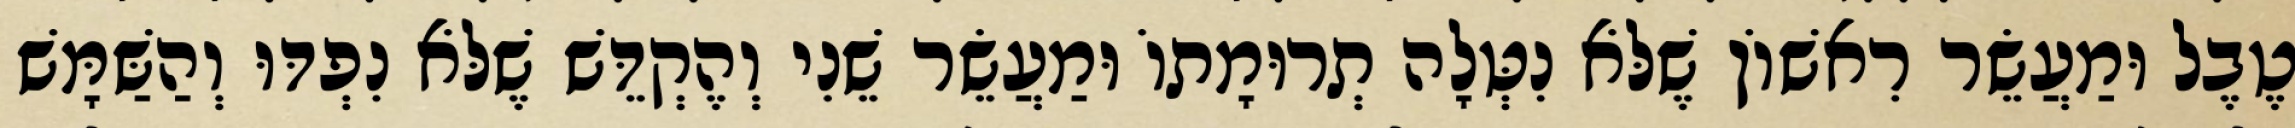
טֶבֶל וּמַעֲשֵׂר רִאשׁוֹן שֶׁלֹּא נִטְּלָה תְרוּמָתוֹ וּמַעֲשֵׂר שֵׁנִי וְהֶקְדֵּשׁ שֶׁלֹּא נִפְדּוּ וְהַשַּׁמָּשׁ